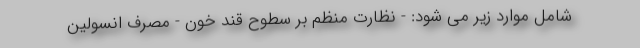
شامل موارد زیر می شود: - نظارت منظم بر سطوح قند خون - مصرف انسولین